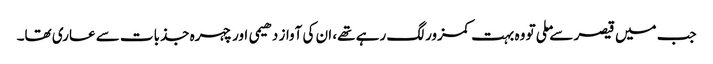
جب میں قیصر سے ملی تو وہ بہت کمزور لگ رہے تھے، ان کی آواز دھیمی اور چہرہ جذبات سے عاری تھا۔